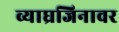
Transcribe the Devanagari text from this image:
व्याघ्रजिनावर